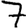
Digit: 7